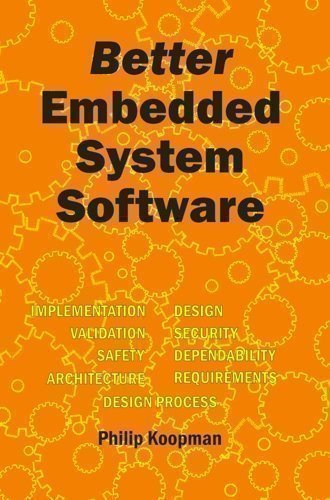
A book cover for Better Embedded System Software; Computers & Technology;